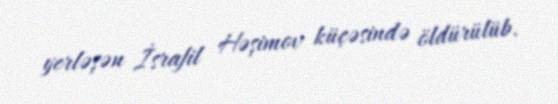
yerləşən İsrafil Həşimov küçəsində öldürülüb.